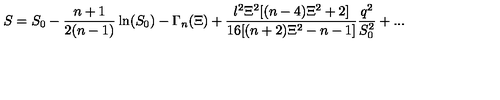
S = S _ { 0 } - \frac { n + 1 } { 2 ( n - 1 ) } \ln ( S _ { 0 } ) - \Gamma _ { n } ( \Xi ) + \frac { l ^ { 2 } \Xi ^ { 2 } [ ( n - 4 ) \Xi ^ { 2 } + 2 ] } { 1 6 [ ( n + 2 ) \Xi ^ { 2 } - n - 1 ] } \frac { q ^ { 2 } } { S _ { 0 } ^ { 2 } } + . . .